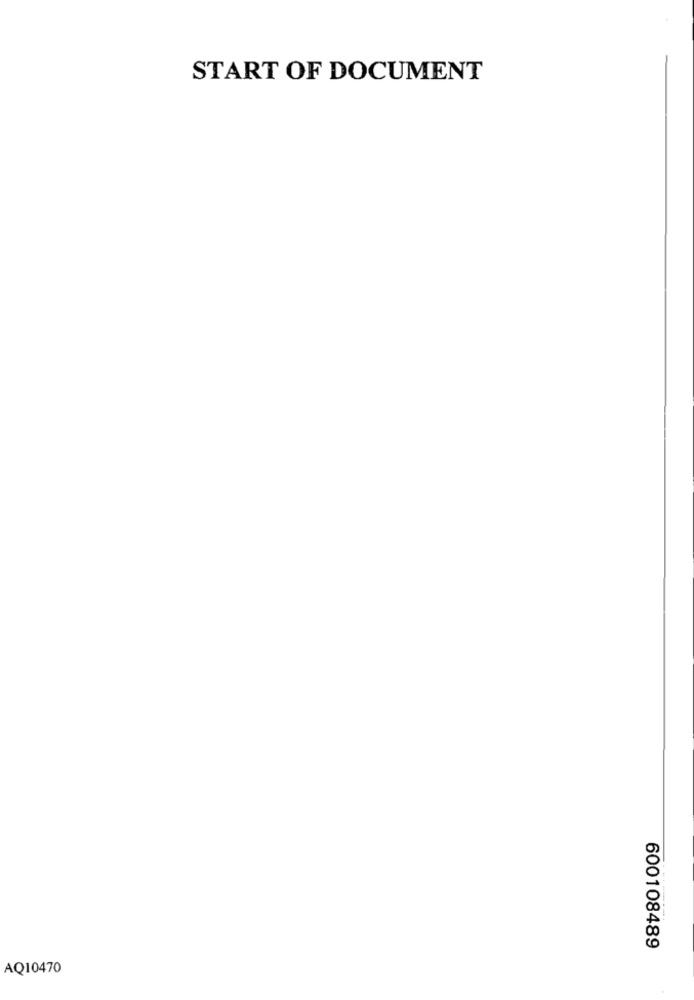
START OF DOCUMENT
600108489
AQ10470